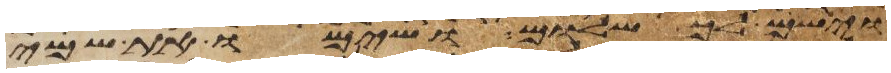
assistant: וישם לך שלום ושימו את שמי